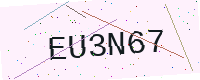
Text: EU3N67